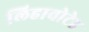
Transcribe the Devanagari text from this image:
लिहावोटेड